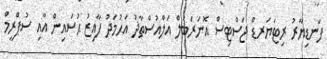
ފަނޑިޔާރު ރިޓަޔަރޑް ޖަސްޓިސް އޮނަރަބަލް އަލްއުސްތާޛު އަޙުމަދު ފާއިޒު ޙުސައިން އާއި ސުޕްރީމް